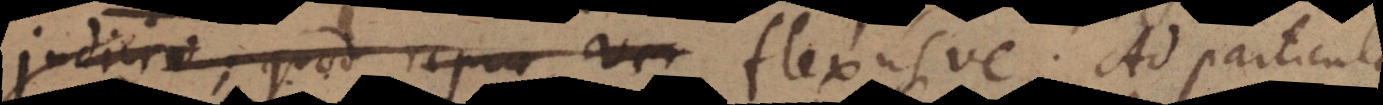
judicio; quod reprae. Ver, flexusve. Ad particul